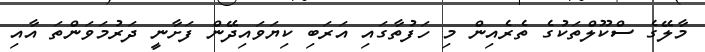
މާލޭގެ ސްކޫލްތަކުގެ ތެރެއިން މި ހަފުތާގައި އަރަބި ކިޔަވައިދޭން ފަށާނީ ދަރުމަވަންތަ އާއި